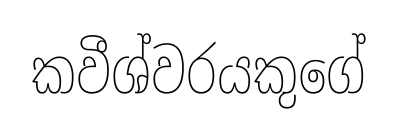
කවීශ්වරයකුගේ